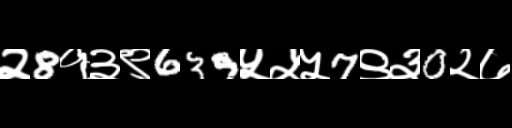
Text: २8१३९639५५५7९३0२७